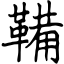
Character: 鞴